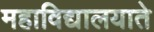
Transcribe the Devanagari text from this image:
महाविद्यालयाते